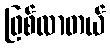
ဖြစ်လာတယ်